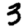
Digit: 3